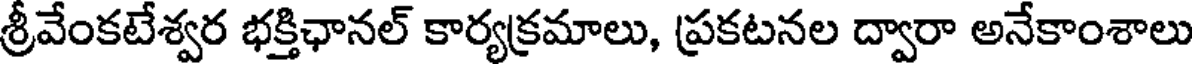
శ్రీవేంకటేశ్వర భక్తిఛానల్ కార్యక్రమాలు, ప్రకటనల ద్వారా అనేకాంశాలు